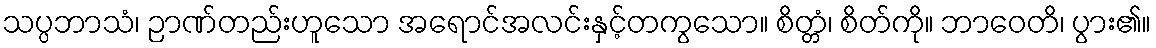
သပ္ပဘာသံ၊ ဉာဏ်တည်းဟူသော အရောင်အလင်းနှင့်တကွသော။ စိတ္တံ၊ စိတ်ကို။ ဘာဝေတိ၊ ပွား၏။